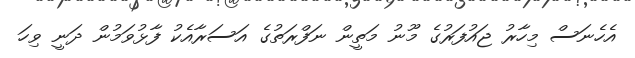
އެހެނަސް މިހާރު ޖައުފަރުގެ މޫނު މަތީން ނަފްރަތުގެ އަސަރާއެކު ފާޅުވަމުން ދަނީ ވިހަ